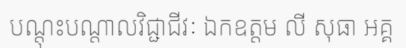
បណ្តុះបណ្តាលវិជ្ជាជីវៈ ឯកឧត្តម លី សុធា អគ្គ